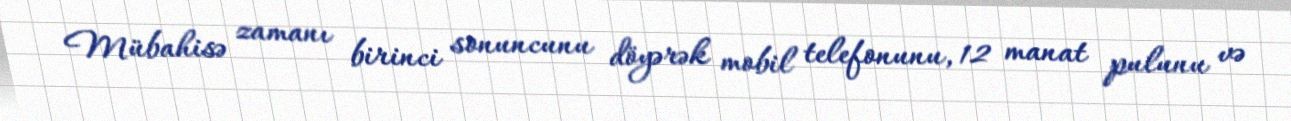
Mübahisə zamanı birinci sonuncunu döyərək mobil telefonunu, 12 manat pulunu və